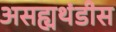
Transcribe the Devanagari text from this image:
असह्यथंडीस